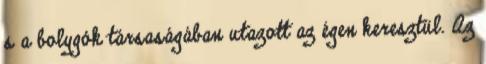
s a bolygók társaságában utazott az égen keresztül. Az